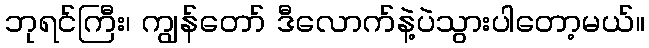
ဘုရင်ကြီး၊ ကျွန်တော် ဒီလောက်နဲ့ပဲသွားပါတော့မယ်။